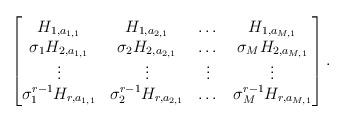
LaTeX: \begin{align*} \begin{bmatrix}H_{1, a_{1, 1}} & H_{1, a_{2, 1}} & \dots & H_{1, a_{M, 1}}\\\sigma_{1} H_{2, a_{1, 1}} & \sigma_{2} H_{2, a_{2, 1}} & \dots & \sigma_{M} H_{2, a_{M, 1}}\\\vdots & \vdots & \vdots & \vdots \\\sigma_{1}^{r - 1} H_{r, a_{1, 1}} & \sigma_{2}^{r - 1} H_{r, a_{2, 1}} & \dots & \sigma_{M}^{r - 1} H_{r, a_{M, 1}}\end{bmatrix}.\end{align*}